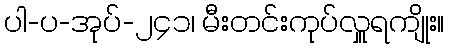
ပါ-ပ-အုပ်-၂၄၁၊ မီးတင်းကုပ်လှူရကျိုး။